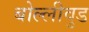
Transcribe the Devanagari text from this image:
बोल्लीवुड